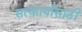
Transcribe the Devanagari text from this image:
सत्कार्यासाठी